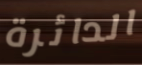
الدائرة